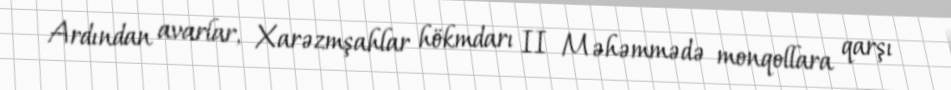
Ardından avarlar, Xarəzmşahlar hökmdarı II Məhəmmədə monqollara qarşı